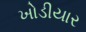
ખોડીયાર